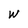
Character: W